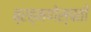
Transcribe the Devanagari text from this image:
ब्रह्मणेस्पती